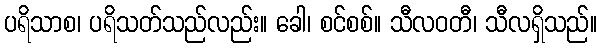
ပရိသာစ၊ ပရိသတ်သည်လည်း။ ခေါ၊ စင်စစ်။ သီလဝတီ၊ သီလရှိသည်။